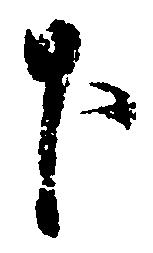
下